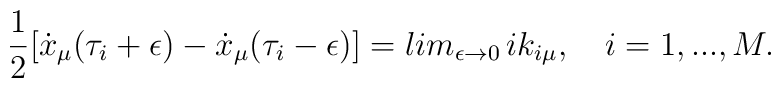
{1\over 2}[\dot{x}_\mu(\tau_i+\epsilon)-\dot{x}_\mu(\tau_i-\epsilon)]=lim_{\epsilon\rightarrow 0}\,ik_{i\mu},\quad i=1,...,M.